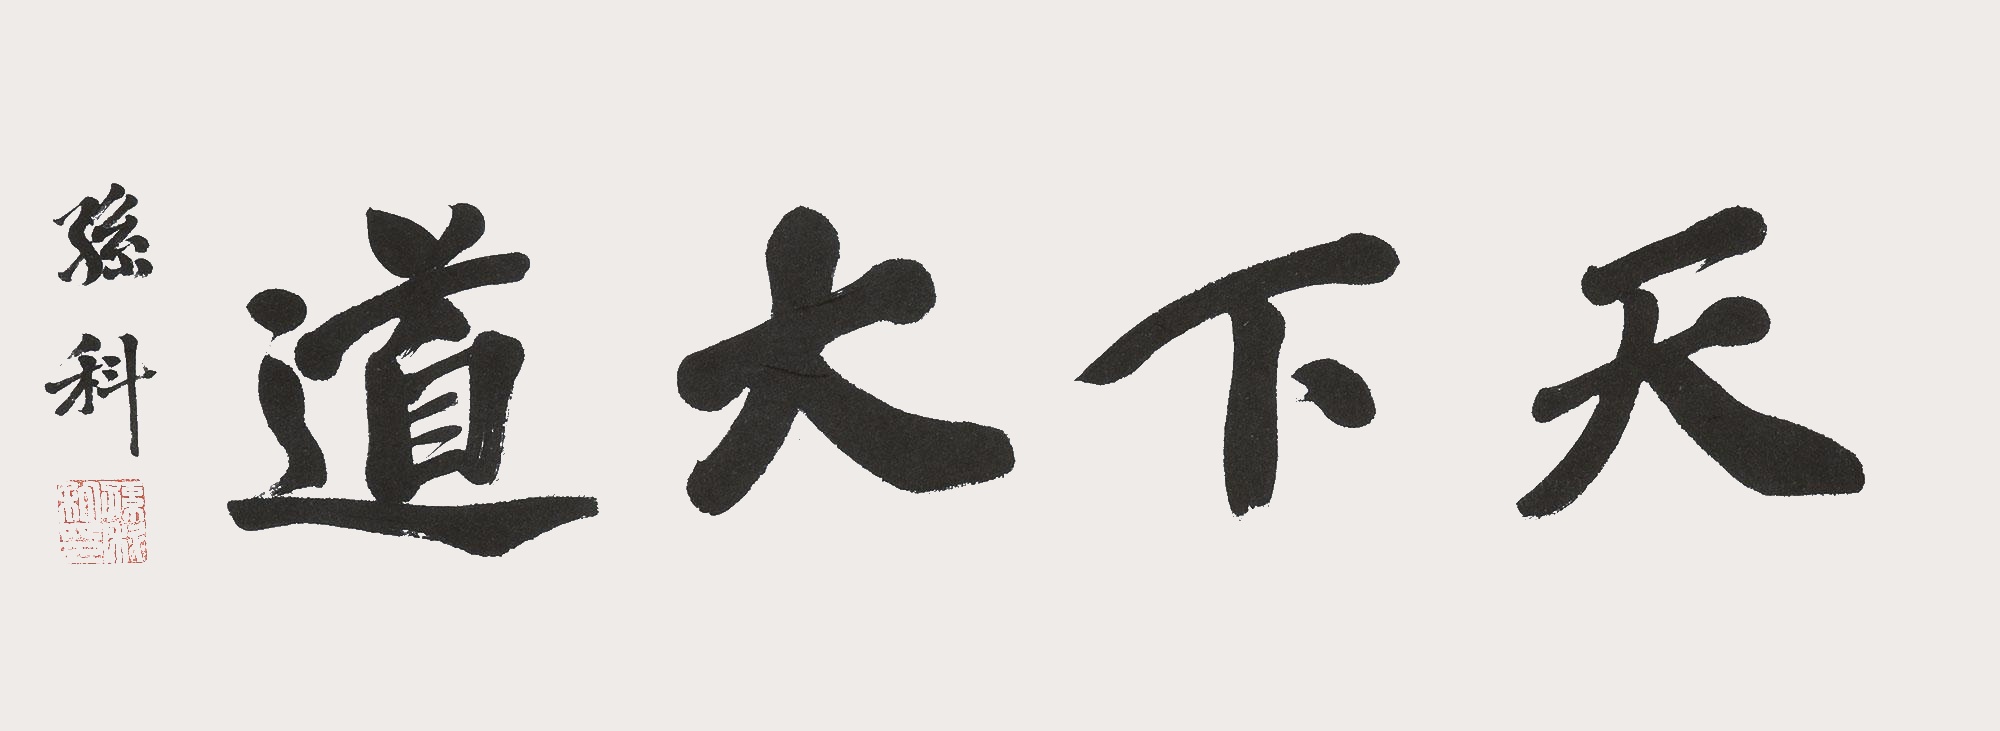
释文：天下大道孙科。